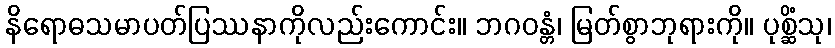
နိရောဓသမာပတ်ပြဿနာကိုလည်းကောင်း။ ဘဂဝန္တံ၊ မြတ်စွာဘုရားကို။ ပုစ္ဆိံသု၊